Report by Surgeon-Captain Childe, I.M.S. - Part II
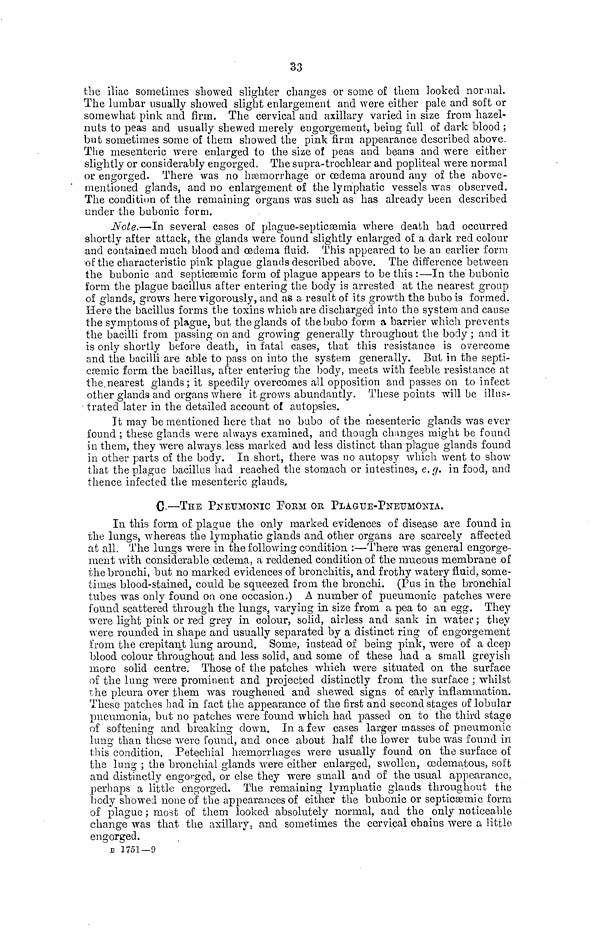
33
the iliac sometimes showed slighter changes or some of them looked normal.
The lumbar usually showed slight enlargement and were either pale and soft or
somewhat pink and firm. The cervical and axillary varied in size from hazel-
nuts to peas and usually shewed merely engorgement, being full of dark blood ;
but sometimes some of them showed the pink firm appearance described above.
The mesenteric were enlarged to the size of peas and beans and were either
slightly or considerably engorged. The supra-trochlear and popliteal were normal
or engorged. There was no haemorrhage or œdema around any of the above-
mentioned glands, and no enlargement of the lymphatic vessels was observed.
The condition of the remaining organs was such as has already been described
under the bubonic form.
Note.—In several cases of plague-septicaemia where death had occurred
shortly after attack, the glands were found slightly enlarged of a dark red colour
and contained much blood and œdema fluid. This appeared to be an earlier form
of the characteristic pink plague glands described above. The difference between
the bubonic and septicémie form of plague appears to be this :—In the bubonic
form the plague bacillus after entering the body is arrested at the nearest group
of glands, grows here rigorously, and as a result of its growth the bubo is formed.
Here the bacillus forms the toxins which are discharged into the system and cause
the symptoms of plague, but the glands of the bubo form a barrier which prevents
the bacilli from passing on and growing generally throughout the body ; and it
is only shortly before death, in fatal cases, that this resistance is overcome
and the bacilli are able to pass on into the system generally. But in the septi-
csemic form the bacillus, after entering the body, meets with feeble resistance at
the nearest glands; it speedily overcomes all opposition and passes on to infect
other glands and organs where it grows abundantly. These points will be illus-
trated later in the detailed account of autopsies.
It may be mentioned here that no bubo of the mesenteric glands was ever
found ; these glands were always examined, and though changes might be found
in them, they were always less marked and less distinct than plague glands found
in other parts of the body. In short, there was no autopsy which went to show
that the plague bacillus had reached the stomach or intestines, e.g. in food, and
thence infected the mesenterio glands.
C—THE PNEUMONIC POEM OR PLAGUE-PNEUMONIA.
In this form of plague the only marked evidences of disease are found in
the lungs, whereas the lymphatic glands and other organs are scarcely affected
at all. The lungs were in the following condition :—There was general engorge-
ment with considerable œdema, a reddened condition of the mucous membrane of
the bronchi, but no marked evidences of bronchitis, and frothy watery fluid, some-
times blood-stained, could be squeezed from the bronchi. (Pus in the bronchial
tubes was only found on one occasion.) A number of pueumonic patches were
found scattered through the lungs, varying in size from a pea to an egg. They
were light pink or red grey in colour, solid, airless and sank in water ; they
were rounded in shape and usually separated by a distinct ring of engorgement
from the crepitant lung around. Some, instead of being pink, were of a deep
blood colour throughout and less solid, and some of these had a small greyish
more solid centre. Those of the patches which were situated on the surface
•of the lung were prominent and projected distinctly from the surface ; whilst
the pleura over them was roughened and shewed signs of early inflammation.
These patches had in fact the appearance of the first and second stages of lobular
pneumonia, but no patches were found which had passed on to the third stage
of softening and breaking down. In a few cases larger masses of pneumonic
lung than these were found, and once about half the lower tube was found in
this condition. Petechial haemorrhages were usually found on the surface of
the lung ; the bronchial glands were either enlarged, swollen, oedematous, soft
and distinctly engorged, or else they were small and of the usual appearance,
perhaps a little engorged. The remaining lymphatic glands throughout the
body showed none of the appearances of either the bubonic or septicsemic form
of plague ; most of them looked absolutely normal, and the only noticeable
change was that the axillary, and sometimes the cervical chains were a little
engorged.
B 1751—9